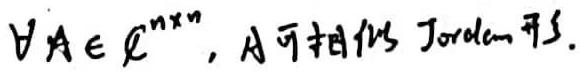
$\forall A\in\mathbb{C}^{n\times n}, A\text{ 可相似 Jordan 形}.$